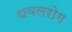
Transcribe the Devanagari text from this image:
धवलरोग